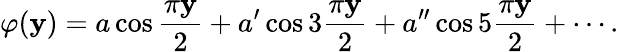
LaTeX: \varphi(\mathbf{y})=a\cos{\frac{{\pi\mathbf{y}}}{{2}}}+a^{\prime}\cos3{\frac{{\pi\mathbf{y}}}{{2}}}+a^{\prime\prime}\cos5{\frac{{\pi\mathbf{y}}}{{2}}}+\cdots.